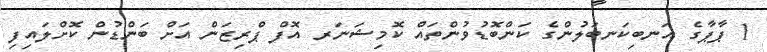
1 ޕާޕާގެ އަނބިކަނބަލުންގެ ކަންބޮޑުވުންތައް ކޮމިޝަނަރ އޮފް ޕްރިޒަން އަށް ބަންޑުން ކޮށްލައިފި